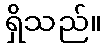
ရှိသည်။